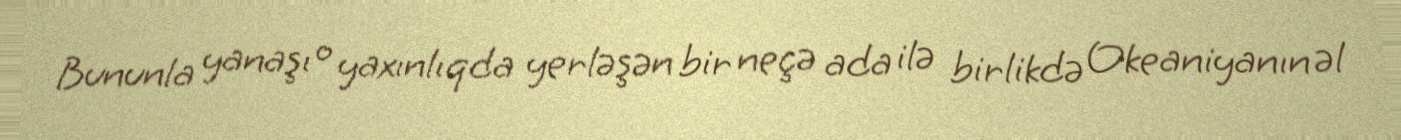
Bununla yanaşı o yaxınlıqda yerləşən bir neçə ada ilə birlikdə Okeaniyanın əl